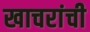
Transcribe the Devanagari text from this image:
खाचरांची